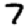
Digit: 7